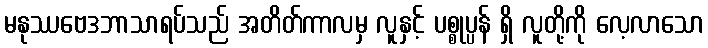
မနုဿဗေဒဘာသာရပ်သည် အတိတ်ကာလမှ လူနှင့် ပစ္စုပ္ပန် ရှိ လူတို့ကို လေ့လာသော